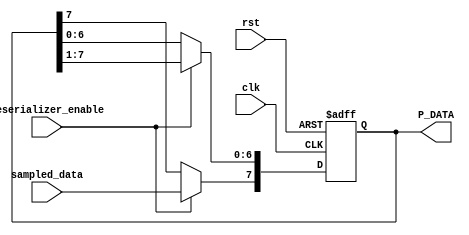
module deserializer #(
    parameter DATA_WIDTH=8
) (
    input deserializer_enable,//should not be 1 all the time
                              //it should be 1 at 
    input sampled_data,

    input clk,
    input rst,

    output reg [DATA_WIDTH-1:0] P_DATA
);



always @(posedge clk or negedge rst) 
begin
    if(!rst)
    begin
        P_DATA<=0;
    end

    else
    begin

        if(deserializer_enable)
        begin
            P_DATA[6:0]<={P_DATA[7:1]};
            P_DATA[DATA_WIDTH-1]<= sampled_data ;  
        end

    end
end

endmodule